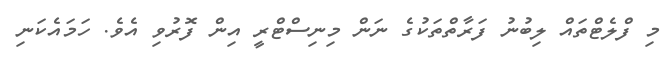
މި ފްލެޓްތައް ލިބުނު ފަރާތްތަކުގެ ނަން މިނިސްޓްރީ އިން ފޮރުވި އެވެ. ހަމައެކަނި